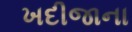
ખદીજાના